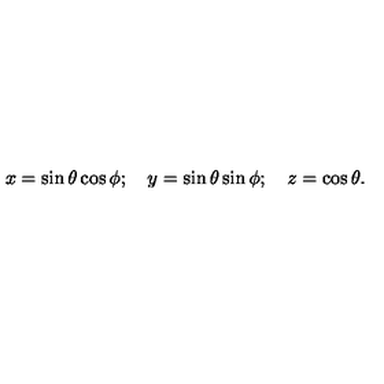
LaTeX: x = \sin \theta \cos \phi ; \quad y = \sin \theta \sin \phi ; \quad z = \cos \theta .